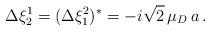
LaTeX: \begin{align*}\Delta\xi^1_2=(\Delta\xi^2_1)^*=-i\sqrt{2}\,\mu_D \,a\,.\end{align*}